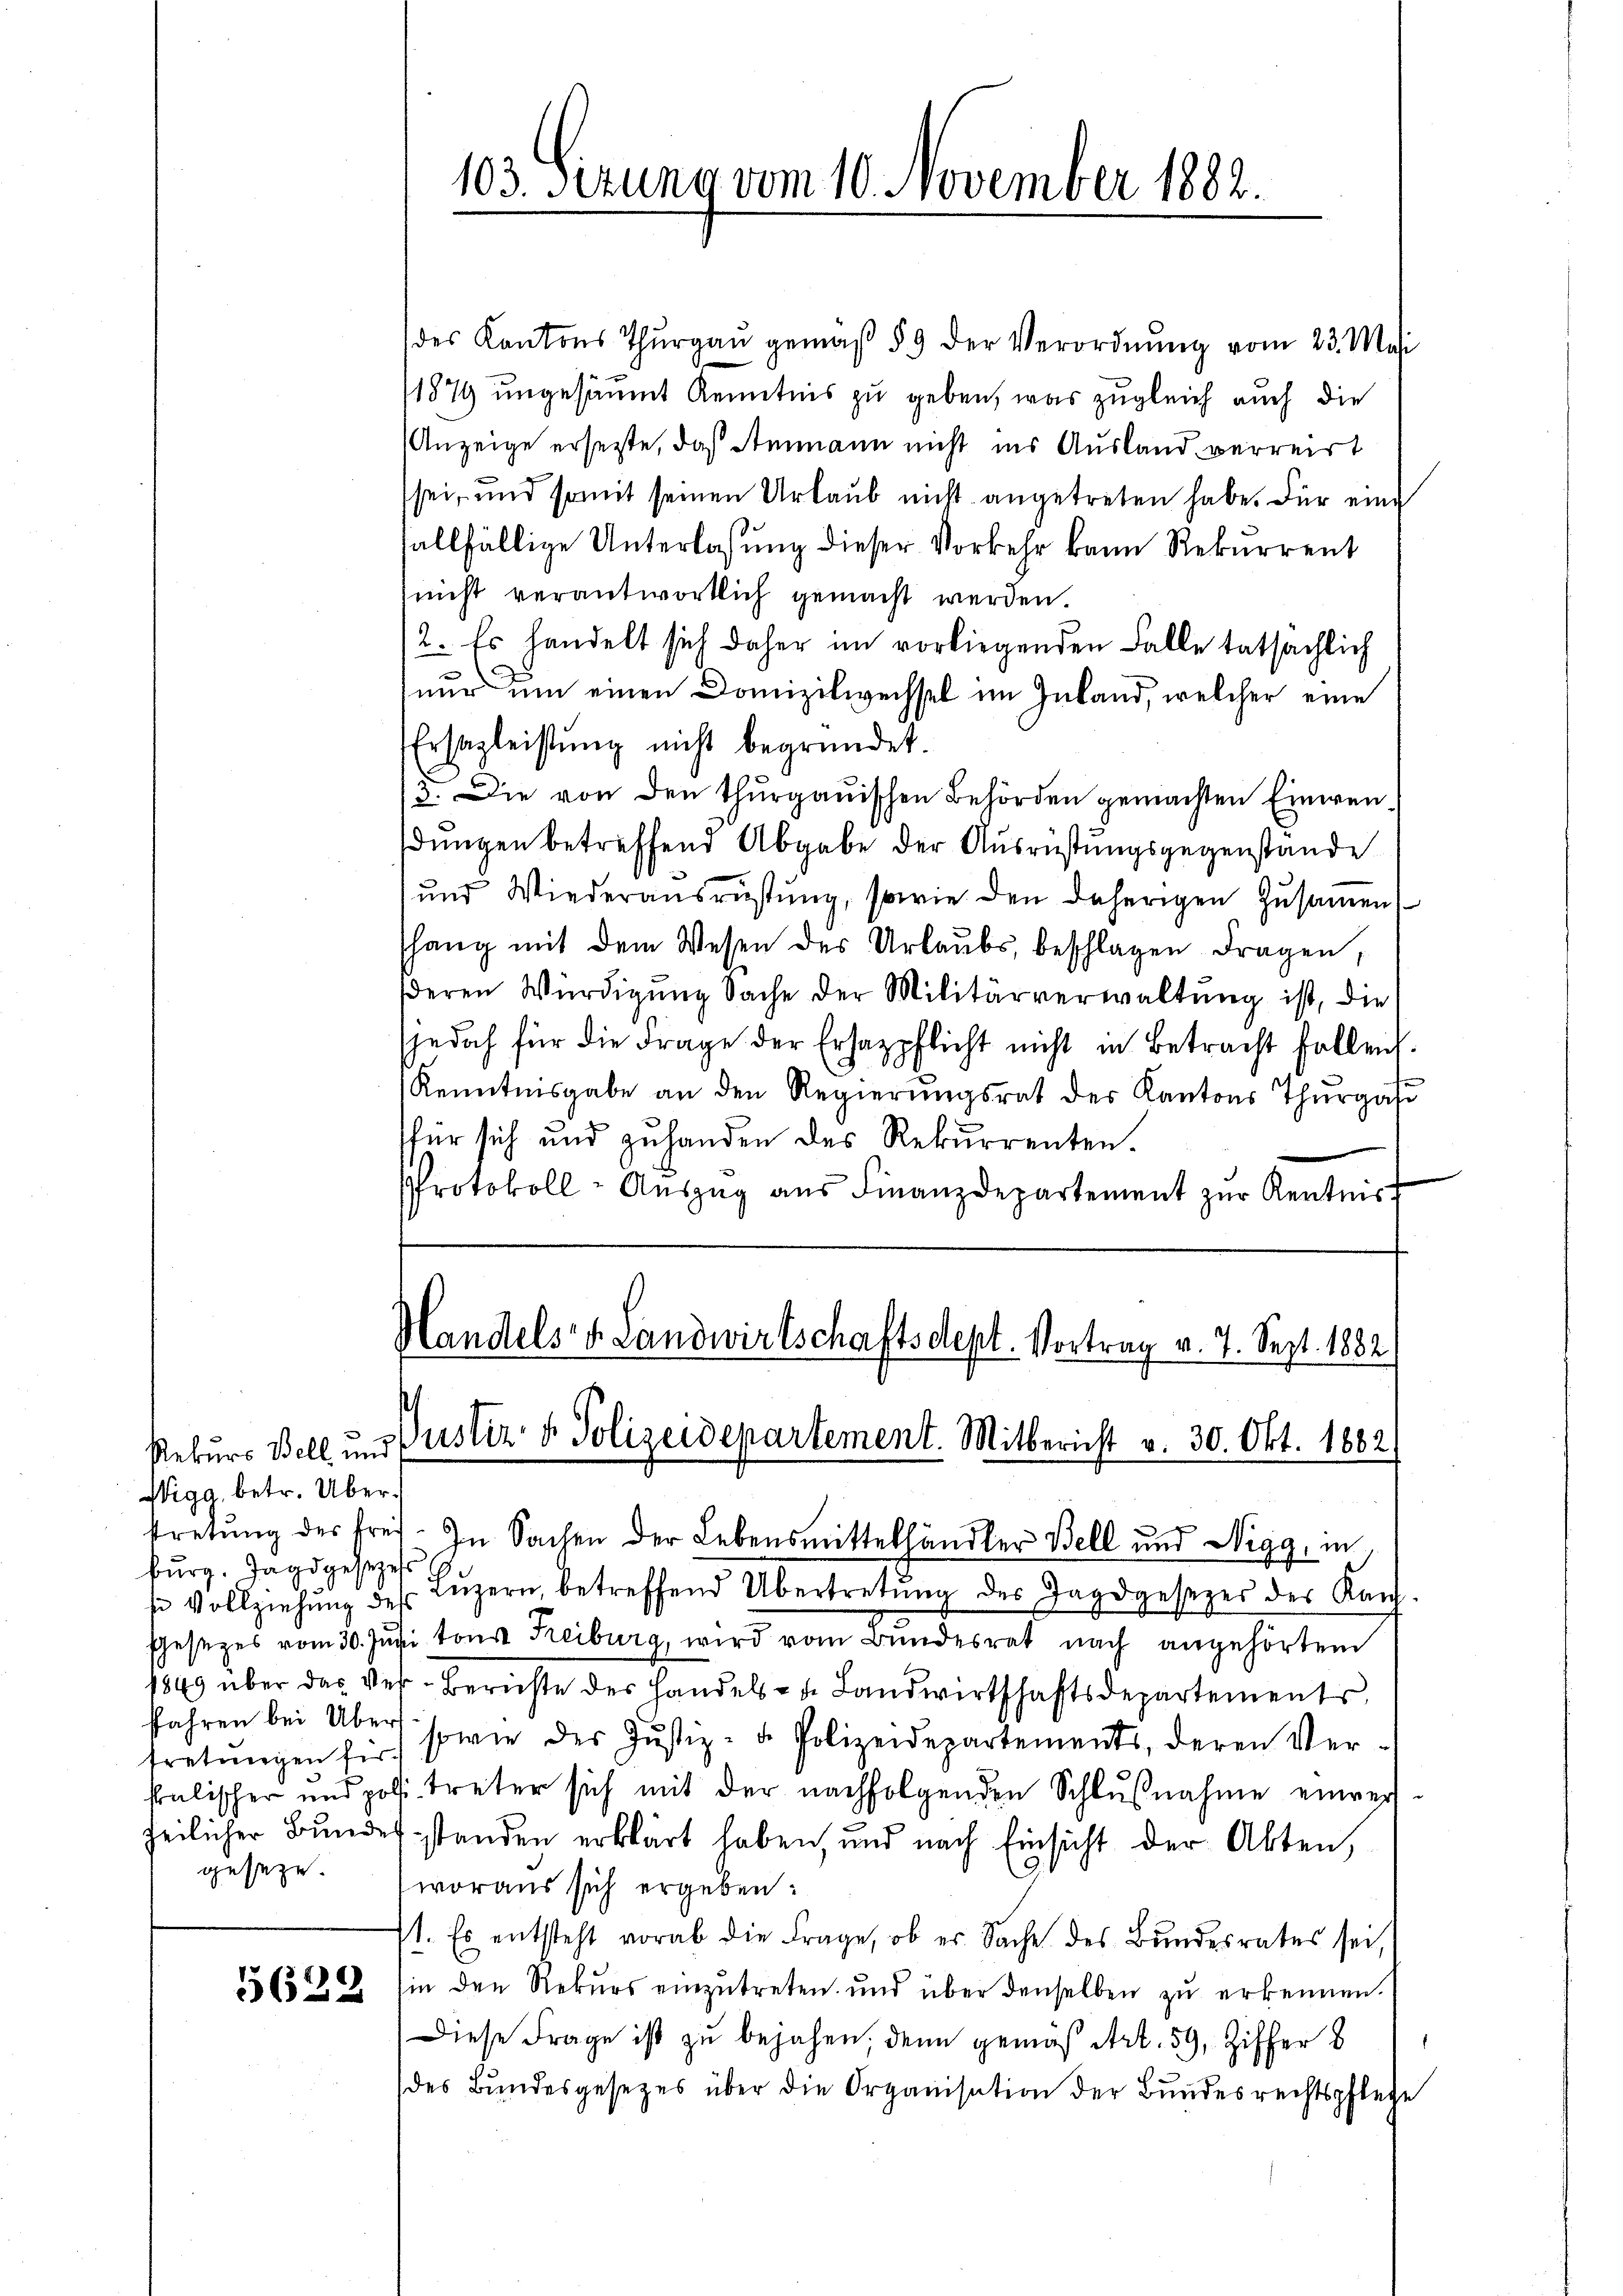
Rekurs Bell und
Wigg, betr. Überbŭrg. Jagdgesezes
tretungen für
51
gesetze.

des Kantons Thŭrgaŭ gemäβ § 9 der Verordnŭng vom 23. Mai
1879 ungesäumt Kenntnis zu geben, was zugleich auch die
Anzeige ersetzte, daß Ammann nicht ins Ausland verreist
sei, und somit seinen Urlaub nicht angetreten habe. Für eine
fallfällige Unterlassung dieser Vorkehr kann Rekurrent
nicht verantwortlich gemacht werden.
2. Es handelt sich daher im vorliegenden Falle tatsächlich
nur um einen Domizilwechsel im Inland, welcher eine
Ersazleistung nicht begründet.
3. Die von den thurgauischen Behörden gemachten Einwendungen betreffend Abgabe der Ausrüstungsgegenstande
und Wiederausrüstung, sowie den daherigen Zusammen
hang mit dem Wesen des Urlaŭbs, beschlagen Fragen,
deren Würdigŭng Sache der Militärverwaltŭng ist, die
jedoch für die Frage der Ersatzpflicht nicht in Betracht follen.
Kenntnisgabe an den Regierŭngsrat der Kantons Thŭrga
für sich und zuhanden des Rekurrenten.
Protokoll-Auszug aus Finanzdepartement zur Kentnis

103. Sizung vom 10. November 1882.

Handels Landwirtschaftsdept. Vortrag v. 7. Sept. 1882
Justiz- & Polizeidepartement. Mitbericht v. 30. Okt. 1882,

stretŭng des frei. In Sachen der Lebensmittelhändler Bell und Nigg, in
 Vollziehŭng des Lŭzern, betreffend Übertretŭng des Jagdgesezes des Kan-
Gesezes vom 30. Juni tous Treiburg, wird vom Bundesrat nach angehörtem
1869 über das Ver-Berichte des Handels- u. Landwirtschaftsdepartements,
fahren bei Übers sowie des Jŭstiz- u. Polizeidepartements, deren Ver-
salischer und posi treter sich mit der nachfolgenden Schlußnahme einver
zeilicher Bundesstanden erklärt haben, und nach Einsicht der Akten,
woraus sich ergeben:
71. Es entsteht vorab die Frage, ob er Sache des Bundesrates sei,
5565 in den Rekurs einzutreten und über denselben zu erkennen.
Diese Frage ist zu bejahen, denn gemäß Art. 59, Ziffer b
des Bŭndesgesetzes über die Organisation der Bŭndesrechtspflege